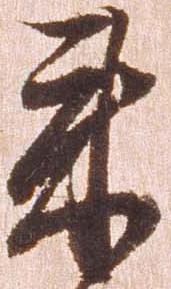
来